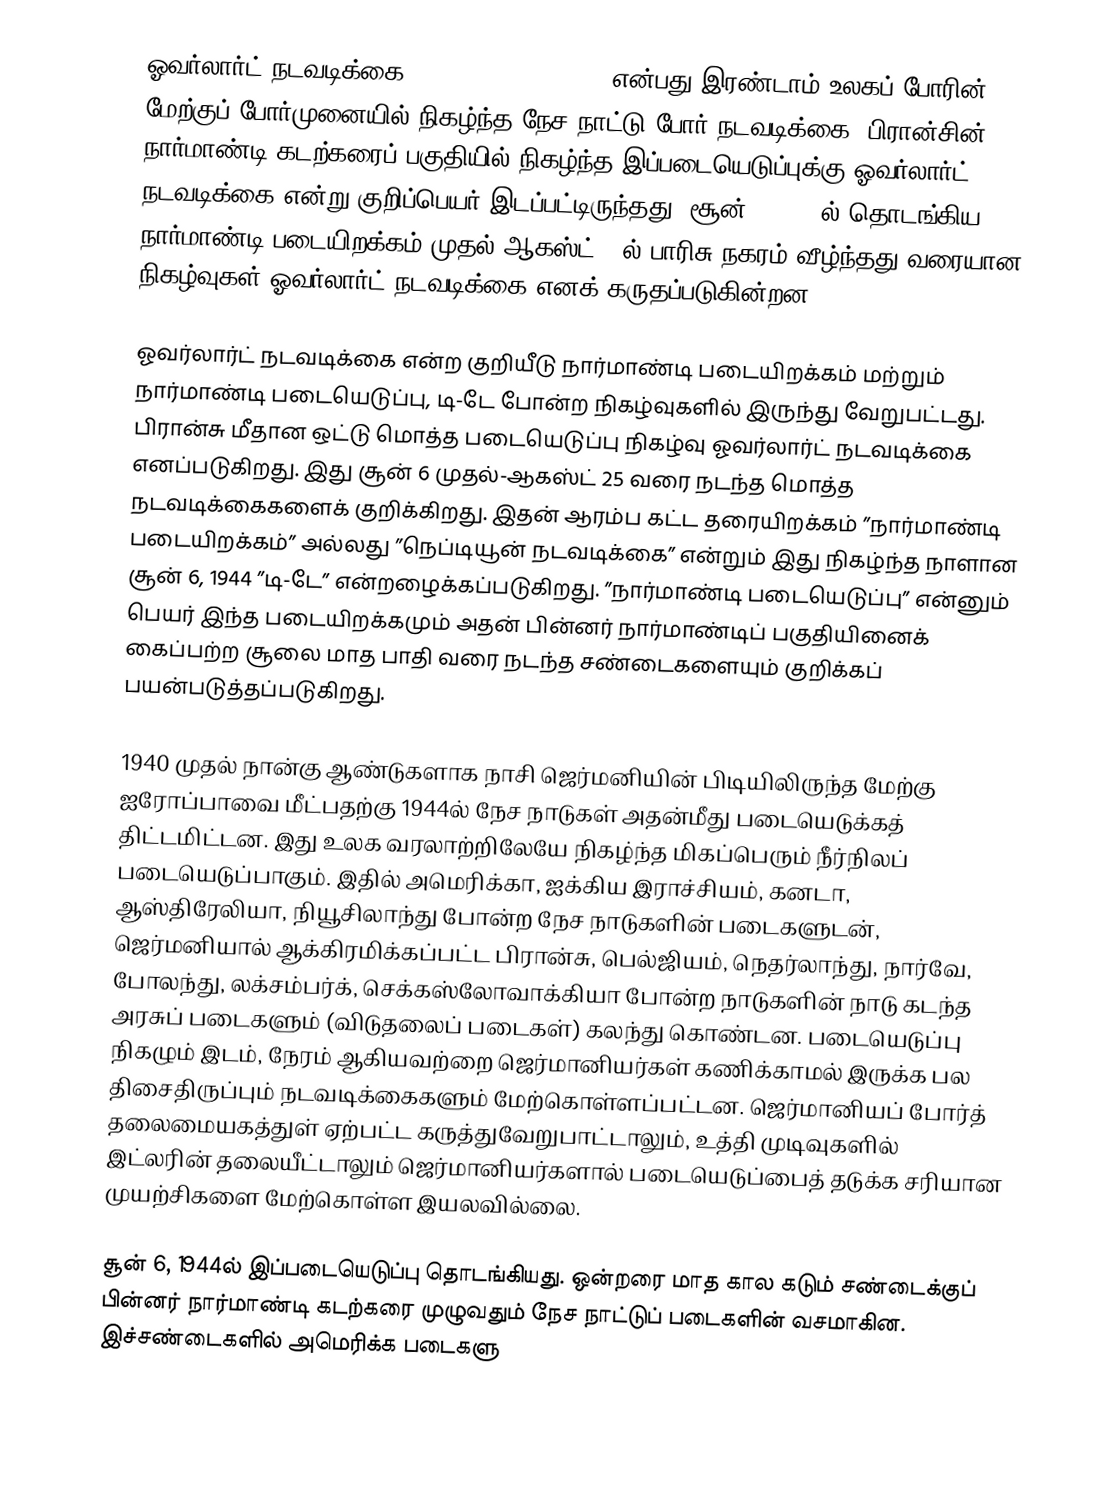
ஓவர்லார்ட் நடவடிக்கை (Operation Overlord) என்பது இரண்டாம் உலகப் போரின் மேற்குப் போர்முனையில் நிகழ்ந்த நேச நாட்டு போர் நடவடிக்கை. பிரான்சின் நார்மாண்டி கடற்கரைப் பகுதியில் நிகழ்ந்த இப்படையெடுப்புக்கு ஓவர்லார்ட் நடவடிக்கை என்று குறிப்பெயர் இடப்பட்டிருந்தது. சூன் 6, 1944ல் தொடங்கிய நார்மாண்டி படையிறக்கம் முதல் ஆகஸ்ட் 24ல் பாரிசு நகரம் வீழ்ந்தது வரையான நிகழ்வுகள் ஓவர்லார்ட் நடவடிக்கை எனக் கருதப்படுகின்றன.

ஓவர்லார்ட் நடவடிக்கை என்ற குறியீடு நார்மாண்டி படையிறக்கம் மற்றும் நார்மாண்டி படையெடுப்பு, டி-டே போன்ற நிகழ்வுகளில் இருந்து வேறுபட்டது. பிரான்சு மீதான ஒட்டு மொத்த படையெடுப்பு நிகழ்வு ஓவர்லார்ட் நடவடிக்கை எனப்படுகிறது. இது சூன் 6 முதல்-ஆகஸ்ட் 25 வரை நடந்த மொத்த நடவடிக்கைகளைக் குறிக்கிறது. இதன் ஆரம்ப கட்ட தரையிறக்கம் ”நார்மாண்டி படையிறக்கம்” அல்லது ”நெப்டியூன் நடவடிக்கை” என்றும் இது நிகழ்ந்த நாளான சூன் 6, 1944 ”டி-டே” என்றழைக்கப்படுகிறது. ”நார்மாண்டி படையெடுப்பு” என்னும் பெயர் இந்த படையிறக்கமும் அதன் பின்னர் நார்மாண்டிப் பகுதியினைக் கைப்பற்ற சூலை மாத பாதி வரை நடந்த சண்டைகளையும் குறிக்கப் பயன்படுத்தப்படுகிறது.

1940 முதல் நான்கு ஆண்டுகளாக நாசி ஜெர்மனியின் பிடியிலிருந்த மேற்கு ஐரோப்பாவை மீட்பதற்கு 1944ல் நேச நாடுகள் அதன்மீது படையெடுக்கத் திட்டமிட்டன. இது உலக வரலாற்றிலேயே நிகழ்ந்த மிகப்பெரும் நீர்நிலப் படையெடுப்பாகும். இதில் அமெரிக்கா, ஐக்கிய இராச்சியம், கனடா, ஆஸ்திரேலியா, நியூசிலாந்து போன்ற நேச நாடுகளின் படைகளுடன், ஜெர்மனியால் ஆக்கிரமிக்கப்பட்ட பிரான்சு, பெல்ஜியம், நெதர்லாந்து, நார்வே, போலந்து, லக்சம்பர்க், செக்கஸ்லோவாக்கியா போன்ற நாடுகளின் நாடு கடந்த அரசுப் படைகளும் (விடுதலைப் படைகள்) கலந்து கொண்டன. படையெடுப்பு நிகழும் இடம், நேரம் ஆகியவற்றை ஜெர்மானியர்கள் கணிக்காமல் இருக்க பல திசைதிருப்பும் நடவடிக்கைகளும் மேற்கொள்ளப்பட்டன. ஜெர்மானியப் போர்த் தலைமையகத்துள் ஏற்பட்ட கருத்துவேறுபாட்டாலும், உத்தி முடிவுகளில் இட்லரின் தலையீட்டாலும் ஜெர்மானியர்களால் படையெடுப்பைத் தடுக்க சரியான முயற்சிகளை மேற்கொள்ள இயலவில்லை.

சூன் 6, 1944ல் இப்படையெடுப்பு தொடங்கியது. ஒன்றரை மாத கால கடும் சண்டைக்குப் பின்னர் நார்மாண்டி கடற்கரை முழுவதும் நேச நாட்டுப் படைகளின் வசமாகின. இச்சண்டைகளில் அமெரிக்க படைகளு